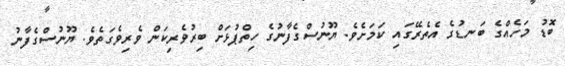
ބޮޑު މަހެއްގެ ބަނޑުގެ އެތެރޭގައި ކަމަށެވެ. ޔޫނުސްގެފާނުގެ ހިތްޕުޅަށް ބިރުވެރިކަން ވެރިވެގަތެވެ. ޔޫނުސްގެފާނު